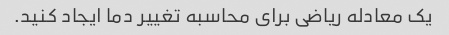
یک معادله ریاضی برای محاسبه تغییر دما ایجاد کنید.